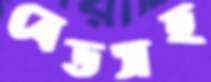
বেডসহ